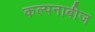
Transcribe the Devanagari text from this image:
कल्पनाबीज